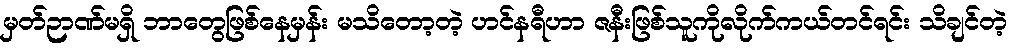
မှတ်ဉာဏ်မရှိ ဘာတွေဖြစ်နေမှန်း မသိတော့တဲ့ ဟင်နရီဟာ ဇနီးဖြစ်သူကိုလိုက်ကယ်တင်ရင်း သိချင်တဲ့